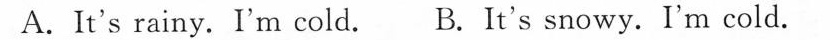
A.It's rainy. I'm cold. B.It's snowy. I'm cold.